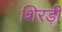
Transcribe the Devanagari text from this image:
शिरड़ी